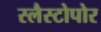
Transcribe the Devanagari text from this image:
स्लैस्टोपोर